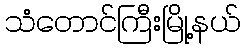
သံတောင်ကြီးမြို့နယ်